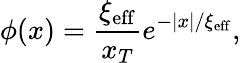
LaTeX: \phi(x)=\frac{\xi_{\mathrm{eff}}}{x_{T}}e^{-|x|/\xi_{\mathrm{eff}}},